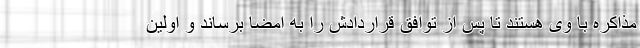
مذاکره با وی هستند تا پس از توافق قراردادش را به امضا برساند و اولین